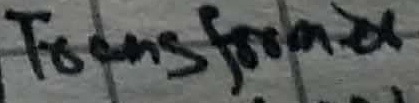
Text: Transformer